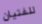
للفتيان